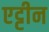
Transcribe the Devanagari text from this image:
एट्टीन